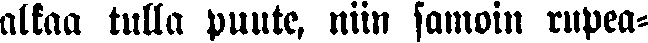
alkaa tulla puute, niin samoin rupea-